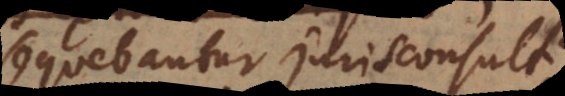
sequebantur Jurisconsulti